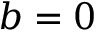
b = 0